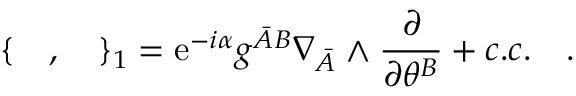
\{ \quad , \quad \} _ { 1 } = \mathrm { e } ^ { - i \alpha } { g ^ { { \bar { A } } B } } \nabla _ { \bar { A } } \wedge \frac { \partial } { \partial \theta ^ { B } } + c . c . \quad .